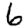
Digit: 6